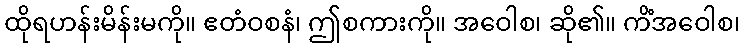
ထိုရဟန်းမိန်းမကို။ ဧတံဝစနံ၊ ဤစကားကို။ အဝေါစ၊ ဆို၏။ ကိံအဝေါစ၊